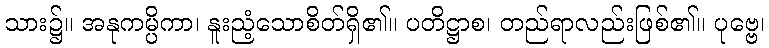
သား၌။ အနုကမ္ပိကာ၊ နူးညံ့သောစိတ်ရှိ၏။ ပတိဋ္ဌာစ၊ တည်ရာလည်းဖြစ်၏။ ပုဗ္ဗေ၊